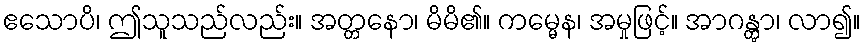
ဧသောပိ၊ ဤသူသည်လည်း။ အတ္တနော၊ မိမိ၏။ ကမ္မေန၊ အမှုဖြင့်။ အာဂန္တွာ၊ လာ၍။